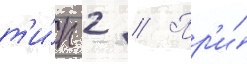
т'и́п 2 // Пр'и́